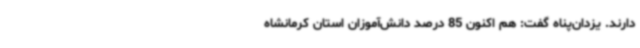
دارند. یزدان‌پناه گفت: هم اکنون 85 درصد دانش‌آموزان استان کرمانشاه